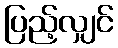
ပြည့်လျှင်